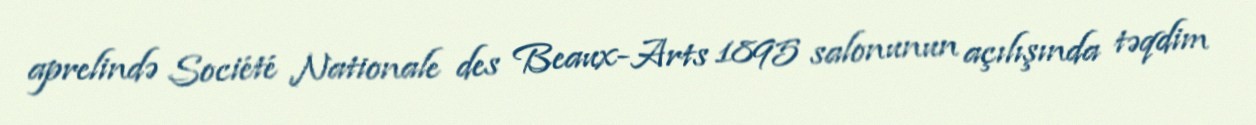
aprelində Société Nationale des Beaux-Arts 1895 salonunun açılışında təqdim